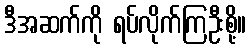
ဒီအဆက်ကို ရပ်လိုက်ကြဦးစို့။